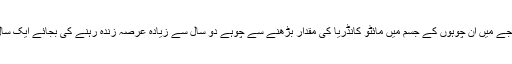
اس جنیاتی تبدیلی کے نتیجے میں ان چوہوں کے جسم میں مائٹو کانڈریا کی مقدار بڑھنے سے چوہے دو سال سے زیادہ عرصہ زندہ رہنے کی بجائے ایک سال سے پہلے ہی مر گئے۔